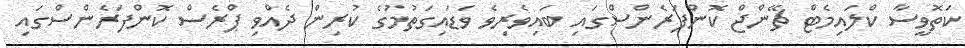
ކަތޮވީސާ ކްލައިމެޓް ޗޭންޖް ކޮންފަރެންސްގައި ބައިވެރިވެ ވަޑައިގަތުމުގެ ކުރިން ދެއްވި ޕްރެސް ކޮންފަރެންސްގައި